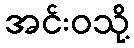
အင်းဝသို့